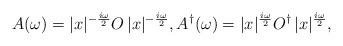
LaTeX: \begin{align*}A(\omega) = |x|^{-\frac{i\omega}{2}} O\, |x|^{-\frac{i\omega}{2}},A^{\dagger}(\omega) = |x|^{\frac{i\omega}{2}} O^{\dagger}\, |x|^{\frac{i\omega}{2}},\end{align*}